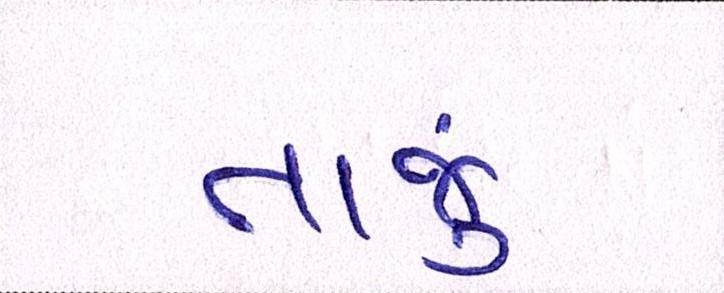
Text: તાજું